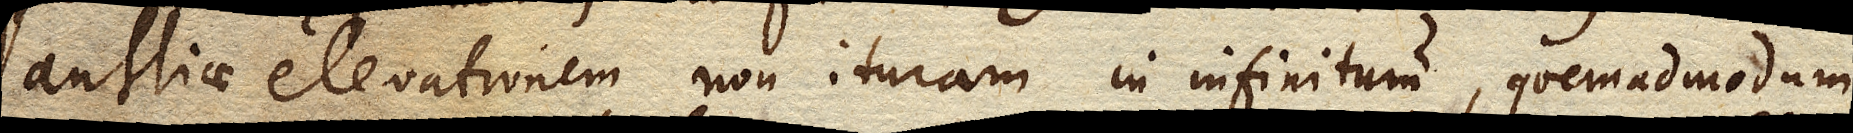
antliae elevationem non ituram in infinitum, quemadmodum